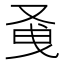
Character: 𭆭